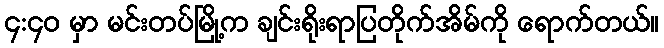
၄:၄၀ မှာ မင်းတပ်မြို့က ချင်းရိုးရာပြတိုက်အိမ်ကို ရောက်တယ်။